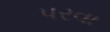
પરવા